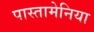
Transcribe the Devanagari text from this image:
पास्तामेनिया